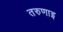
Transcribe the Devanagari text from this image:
तरुणाइ